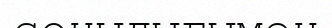
сонылығымен